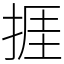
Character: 捱